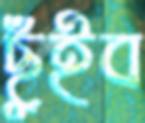
ছুঁইব